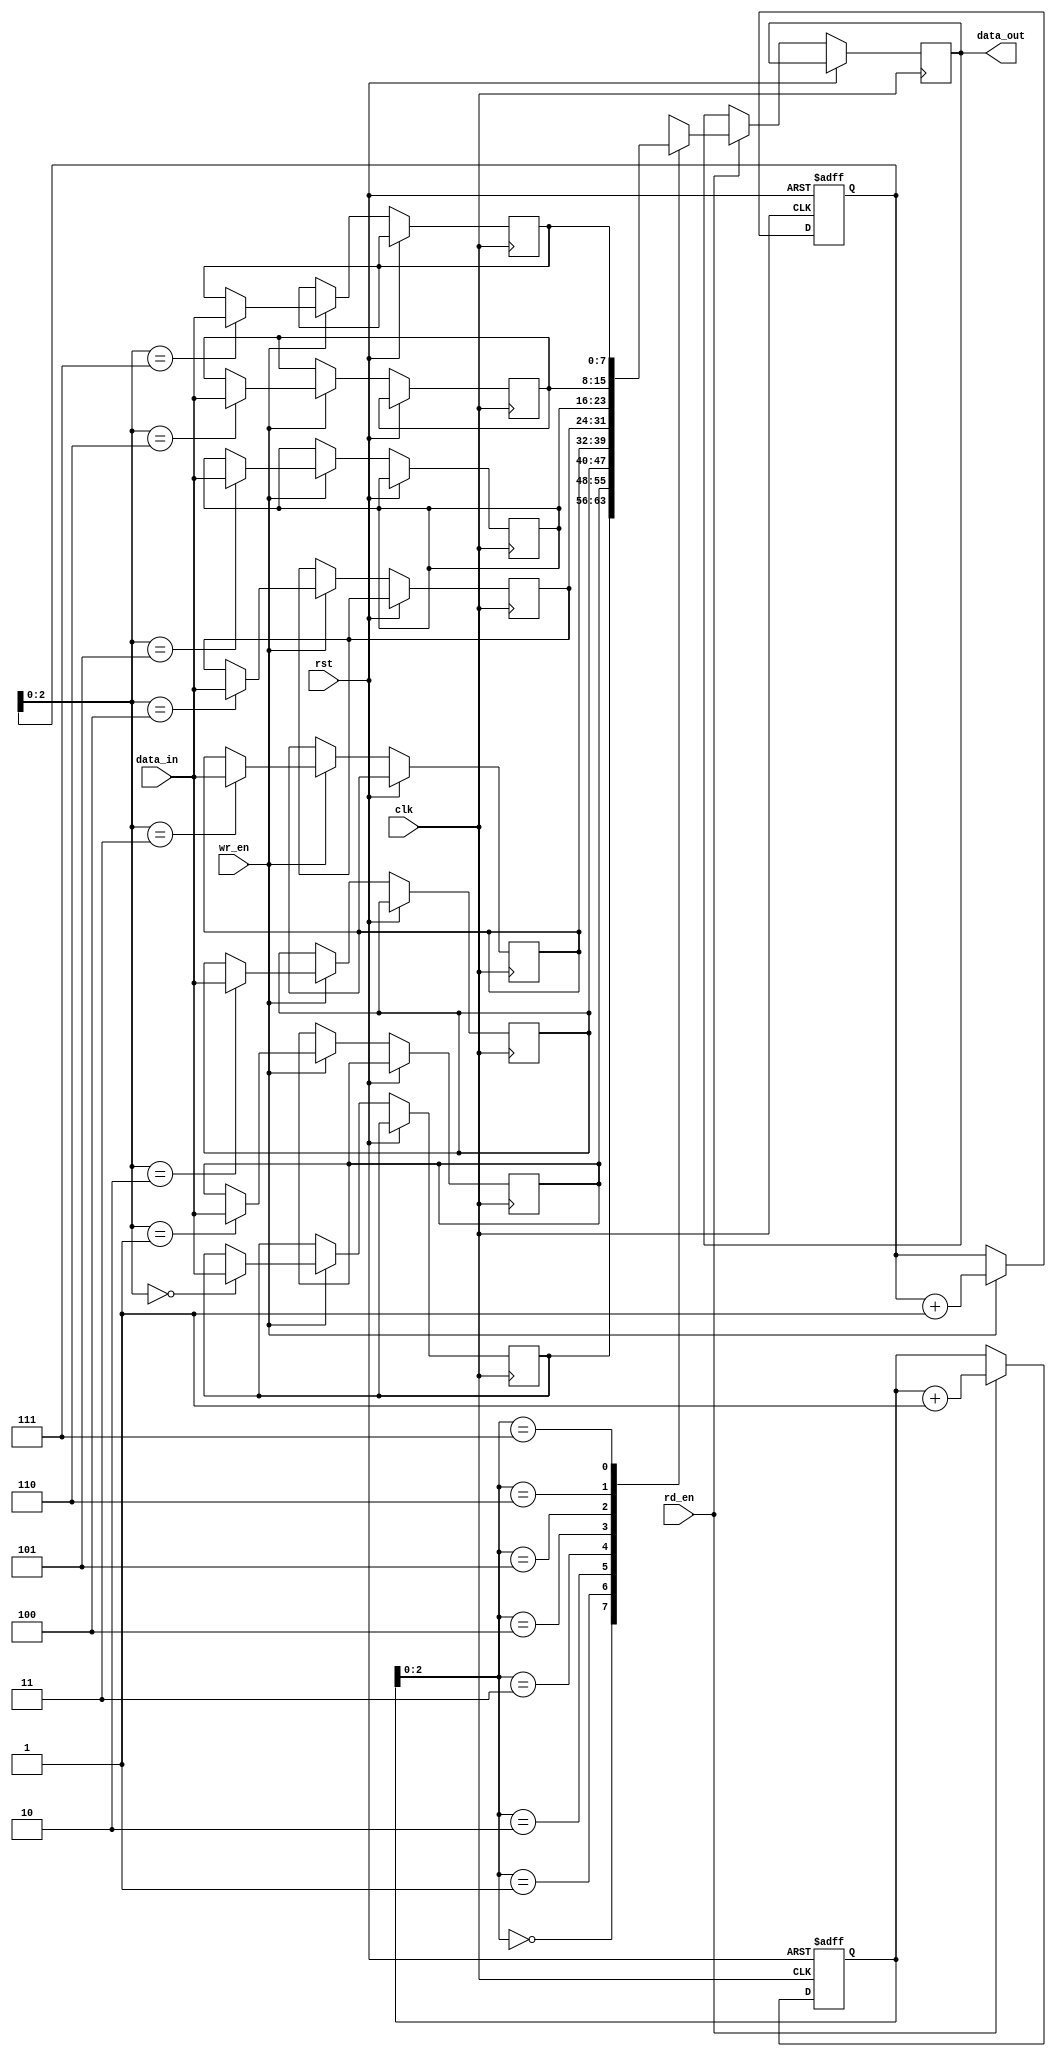
module FIFO (
    input wire clk,                 // Clock input
    input wire rst,                 // Reset input
    input wire wr_en,               // Write enable input
    input wire rd_en,               // Read enable input
    input wire [DATA_WIDTH-1:0] data_in,   // Data input
    output wire [DATA_WIDTH-1:0] data_out  // Data output
);

parameter FIFO_DEPTH = 8;         // Depth of FIFO
parameter DATA_WIDTH = 8;         // Width of data

reg [DATA_WIDTH-1:0] fifo [0:FIFO_DEPTH-1];   // FIFO storage
reg [3:0] wr_ptr, rd_ptr;         // Write and read pointers

// Write operation
always @(posedge clk or posedge rst) begin
    if (rst) begin
        wr_ptr <= 0;
    end else begin
        if (wr_en) begin
            fifo[wr_ptr] <= data_in;
            wr_ptr <= wr_ptr + 1;
        end
    end
end

// Read operation
always @(posedge clk or posedge rst) begin
    if (rst) begin
        rd_ptr <= 0;
    end else begin
        if (rd_en) begin
            data_out <= fifo[rd_ptr];
            rd_ptr <= rd_ptr + 1;
        end
    end
end

endmodule